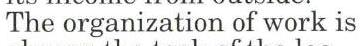
The organization of work is